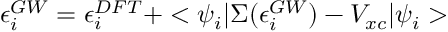
\epsilon _ { i } ^ { G W } = \epsilon _ { i } ^ { D F T } + < \psi _ { i } | \Sigma ( \epsilon _ { i } ^ { G W } ) - V _ { x c } | \psi _ { i } >